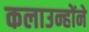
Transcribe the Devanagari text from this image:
कलाउन्होंने